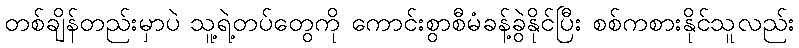
တစ်ချိန်တည်းမှာပဲ သူ့ရဲ့တပ်တွေကို ကောင်းစွာစီမံခန့်ခွဲနိုင်ပြီး စစ်ကစားနိုင်သူလည်း